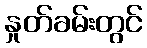
နှုတ်ခမ်းတွင်